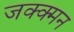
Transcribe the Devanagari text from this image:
जक्क्मन